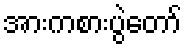
အားကစားပွဲတော်